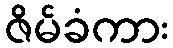
ဇိမ်ခံကား